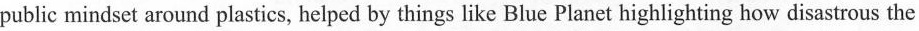
public mindset around plastics, helped by things like Blue Planct highlighting how disastrous the